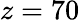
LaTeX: z=70